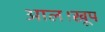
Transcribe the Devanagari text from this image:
आल।खूप